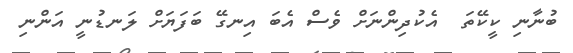
ބުނާނި ކީކޭތަ  އެކުދިންނަށް ވެސް އެބަ އިނގޭ ބަފަޔަށް ލަނޑުނީ އަންނި